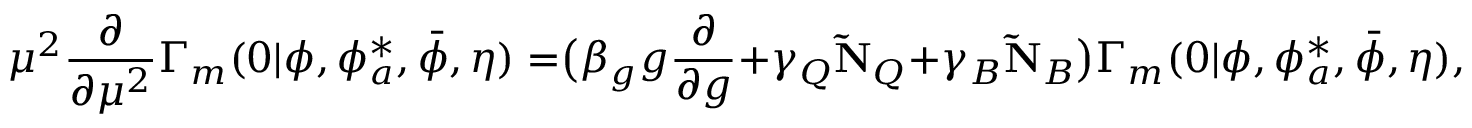
\mu ^ { 2 } \frac { \partial } { \partial \mu ^ { 2 } } \Gamma _ { m } ( 0 | \phi , \phi _ { a } ^ { * } , \bar { \phi } , \eta ) = \bigr ( \beta _ { g } g \frac { \partial } { \partial g } + \gamma _ { Q } \mathbf { \tilde { N } } _ { Q } + \gamma _ { B } \mathbf { \tilde { N } } _ { B } \bigr ) \Gamma _ { m } ( 0 | \phi , \phi _ { a } ^ { * } , \bar { \phi } , \eta ) ,